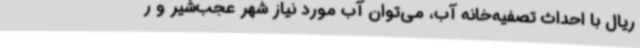
ریال با احداث تصفیه‌خانه آب، می‌توان آب مورد نیاز شهر عجب‌شیر و ر